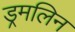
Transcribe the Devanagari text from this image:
ड्रमलिन